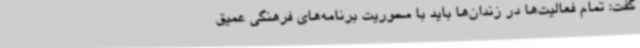
گفت: تمام فعالیت‌ها در زندان‌ها باید با محوریت برنامه‌های فرهنگی عمیق